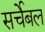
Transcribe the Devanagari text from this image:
सर्चेबल